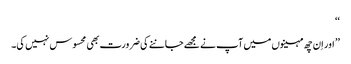
‘‘
’’ اور اِن چھ مہینوں میں آپ نے مجھے جاننے کی ضرورت بھی محسوس نہیں کی۔